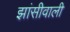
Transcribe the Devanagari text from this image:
झांसीवाली